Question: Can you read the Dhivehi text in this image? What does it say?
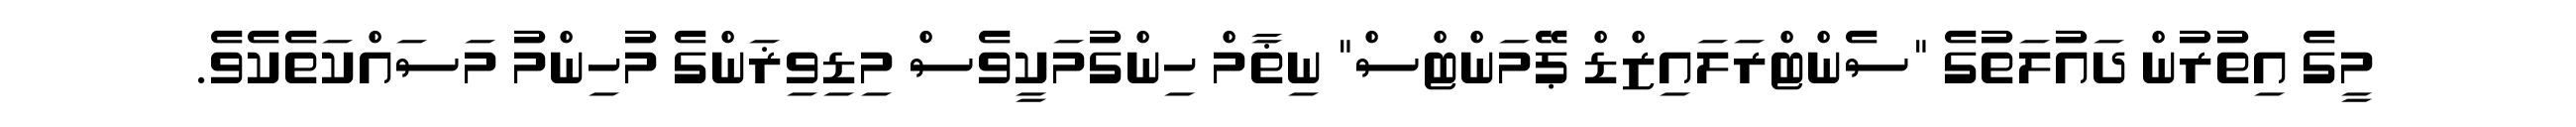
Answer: މީގެ އިތުރުން ދައުލަތުގެ "ސެންޓްރަލައިޒްޑް ޕޭމަންޓްސް" ނިޡާމް ހިންގުމަކީވެސް މިޑިވިޜަންގެ މުހިންމު މަސައްކަތެކެވެ.